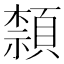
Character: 𮨕